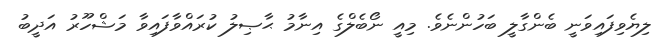
ލިޔެވިފައިވަނީ ބެންގާލީ ބަހުންނެވެ. މިއީ ނޯބެލްގެ އިނާމު ޙާޞިލު ކުރައްވާފައިވާ މަޝްހޫރު އަދީބު